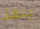
ينقذ